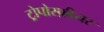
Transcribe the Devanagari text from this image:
ट्रोपोस्फ़ीयर